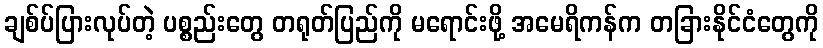
ချစ်ပ်ပြားလုပ်တဲ့ ပစ္စည်းတွေ တရုတ်ပြည်ကို မရောင်းဖို့ အမေရိကန်က တခြားနိုင်ငံတွေကို